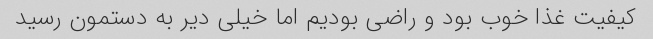
کیفیت غذا خوب بود و راضی بودیم اما خیلی دیر به دستمون رسید